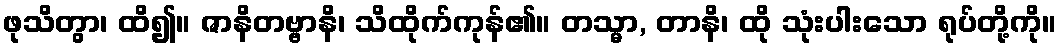
ဖုသိတွာ၊ ထိ၍။ ဇာနိတဗ္ဗာနိ၊ သိထိုက်ကုန်၏။ တသ္မာ, တာနိ၊ ထို သုံးပါးသော ရုပ်တို့ကို။